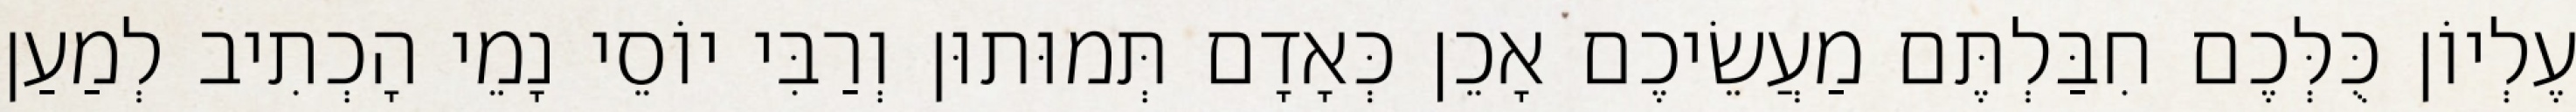
עֶלְיוֹן כֻּלְּכֶם חִבַּלְתֶּם מַעֲשֵׂיכֶם אָכֵן כְּאָדָם תְּמוּתוּן וְרַבִּי יוֹסֵי נָמֵי הָכְתִיב לְמַעַן